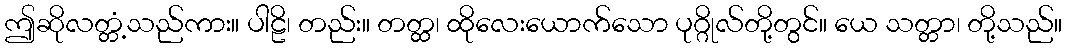
ဤဆိုလတ္တံ့သည်ကား။ ပါဠိ၊ တည်း။ တတ္ထ၊ ထိုလေးယောက်သော ပုဂ္ဂိုလ်တို့တွင်။ ယေ သတ္တာ၊ တို့သည်။